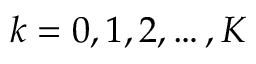
k = 0 , 1 , 2 , \ldots , K